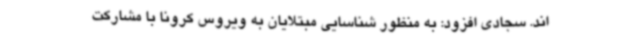
اند. سجادی افزود: به منظور شناسایی مبتلایان به ویروس کرونا با مشارکت